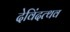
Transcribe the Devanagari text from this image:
देविंदत्थव